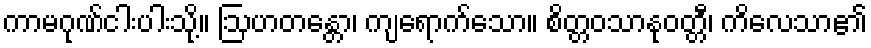
ကာမဂုဏ်ငါးပါးသို့။ ဩဟတန္တော၊ ကျရောက်သော။ စိတ္တဝသာနုဝတ္တီ၊ ကိလေသာ၏